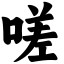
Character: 嗟